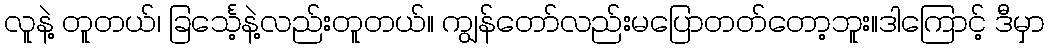
လူနဲ့ တူတယ်၊ ခြင်္သေ့နဲ့လည်းတူတယ်။ ကျွန်တော်လည်းမပြောတတ်တော့ဘူး။ဒါကြောင့် ဒီမှာ